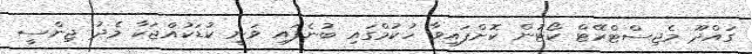
ގައްދޫ މެޖިސްޓްރޭޓް ކޯޓުން ކޮށްފައިވާ ހުކުމްގައި ބުނެފައި ވަނީ ކުޑަކުއްޖަކާ މެދު ޖިންސީ